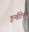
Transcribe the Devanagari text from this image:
इन्वीटेशन